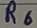
Text: R6